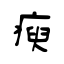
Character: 瘐